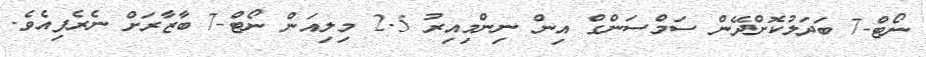
ނޯޓް-7 ބަދަލުކޮށްދޭން ސަމްސަންގް އިން ނިންމިއިރު 2.5 މިލިއަން ނޯޓް-7 ބާޒާރަށް ނެރެފިއެވެ.